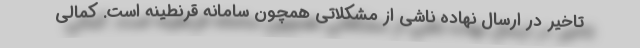
تاخیر در ارسال نهاده ناشی از مشکلاتی همچون سامانه قرنطینه است‌. کمالی